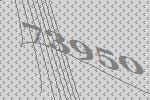
73950